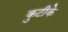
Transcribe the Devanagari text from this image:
कुटीके